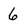
Character: 6